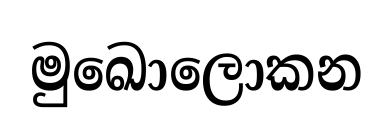
මුඛොලොකන